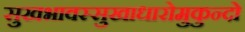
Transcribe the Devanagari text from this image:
सुखभावस्सुखाधारोमुकुन्दो